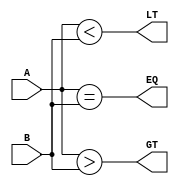
module two_bit_comparator(
    input [1:0] A,
    input [1:0] B,
    output EQ,
    output GT,
    output LT
);

assign EQ = (A == B);
assign GT = (A > B);
assign LT = (A < B);

endmodule